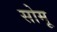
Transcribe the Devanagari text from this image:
सोमू